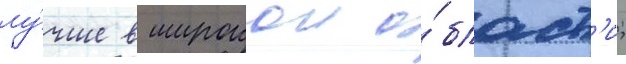
лу́чше в широкои о́бласт'и;